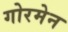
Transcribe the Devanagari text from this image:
गोरमेन